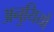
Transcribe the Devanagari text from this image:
अनुयियों